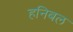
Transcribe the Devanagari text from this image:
हनिबल